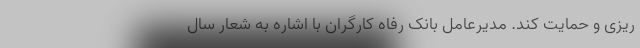
ریزی و حمایت کند. مدیرعامل بانک رفاه کارگران با اشاره به شعار سال